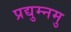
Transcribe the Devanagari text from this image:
प्रद्युम्नमु